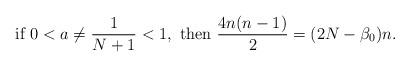
LaTeX: \begin{align*}\mbox{if } 0 < a \neq \frac{1}{N+1}<1, \mbox{ then } \frac{4n(n-1)}{2}=(2N-\beta_0)n.\end{align*}